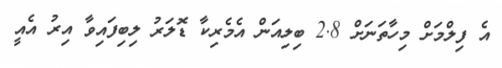
އެ ފިލްމަށް މިހާތަނަށް 2.8 ބިލިއަން އެމެރިކާ ޑޮލަރު ލިބިފައިވާ އިރު އެއީ